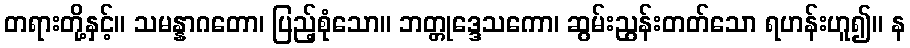
တရားတို့နှင့်။ သမန္နာဂတော၊ ပြည့်စုံသော။ ဘတ္တုဒ္ဒေသကော၊ ဆွမ်းညွန်းတတ်သော ရဟန်းဟူ၍။ န